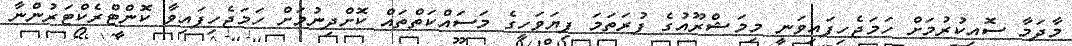
މާދަމާ ސޮއިކުރުމަށް ހަމަޖެހިފައިވަނީ މިމަޝްރޫއުގެ ފުރަތަމަ ފިޔަވަހީގެ މަސައްކަތްތައް ކޮށްދިނުމަށް ހަމަޖެހިފައިވާ ކޮންޓްރެކްޓަރުންނާ